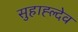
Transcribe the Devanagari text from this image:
सुहाह्ल्देव